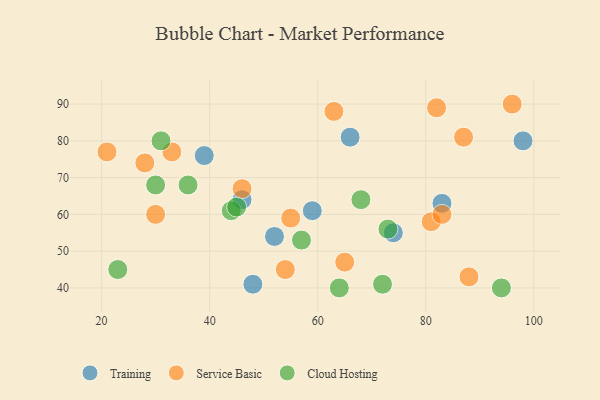
{"axis": {"x": "GDP", "y": "Life Expectancy"}, "legend": ["Cloud Hosting", "Service Basic", "Training"], "data": [{"x": "98", "y": 80, "type": "Training"}, {"x": "48", "y": 41, "type": "Training"}, {"x": "83", "y": 63, "type": "Training"}, {"x": "46", "y": 64, "type": "Training"}, {"x": "74", "y": 55, "type": "Training"}, {"x": "52", "y": 54, "type": "Training"}, {"x": "59", "y": 61, "type": "Training"}, {"x": "66", "y": 81, "type": "Training"}, {"x": "39", "y": 76, "type": "Training"}, {"x": "88", "y": 43, "type": "Service Basic"}, {"x": "28", "y": 74, "type": "Service Basic"}, {"x": "21", "y": 77, "type": "Service Basic"}, {"x": "54", "y": 45, "type": "Service Basic"}, {"x": "55", "y": 59, "type": "Service Basic"}, {"x": "63", "y": 88, "type": "Service Basic"}, {"x": "46", "y": 67, "type": "Service Basic"}, {"x": "82", "y": 89, "type": "Service Basic"}, {"x": "87", "y": 81, "type": "Service Basic"}, {"x": "33", "y": 77, "type": "Service Basic"}, {"x": "96", "y": 90, "type": "Service Basic"}, {"x": "30", "y": 60, "type": "Service Basic"}, {"x": "65", "y": 47, "type": "Service Basic"}, {"x": "81", "y": 58, "type": "Service Basic"}, {"x": "83", "y": 60, "type": "Service Basic"}, {"x": "36", "y": 68, "type": "Cloud Hosting"}, {"x": "73", "y": 56, "type": "Cloud Hosting"}, {"x": "57", "y": 53, "type": "Cloud Hosting"}, {"x": "94", "y": 40, "type": "Cloud Hosting"}, {"x": "64", "y": 40, "type": "Cloud Hosting"}, {"x": "23", "y": 45, "type": "Cloud Hosting"}, {"x": "44", "y": 61, "type": "Cloud Hosting"}, {"x": "45", "y": 62, "type": "Cloud Hosting"}, {"x": "72", "y": 41, "type": "Cloud Hosting"}, {"x": "31", "y": 80, "type": "Cloud Hosting"}, {"x": "68", "y": 64, "type": "Cloud Hosting"}, {"x": "30", "y": 68, "type": "Cloud Hosting"}]}